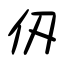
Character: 仭